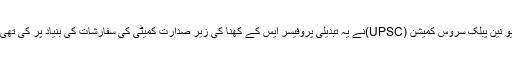
یو نین پبلک سروس کمیشن (UPSC)نے یہ تبدیلی پروفیسر ایس کے کھنا کی زیر صدارت کمیٹی کی سفارشات کی بنیاد پر کی تھی۔